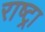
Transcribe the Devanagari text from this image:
राष्ट्रा